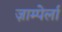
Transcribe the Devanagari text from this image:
ज़ाम्पेर्ला